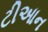
ટીઆન